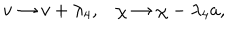
LaTeX: v \rightarrow v + \lambda _ { 4 } , \chi \rightarrow \chi - \lambda _ { 4 } a ,